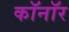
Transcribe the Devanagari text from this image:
कॉनॉर